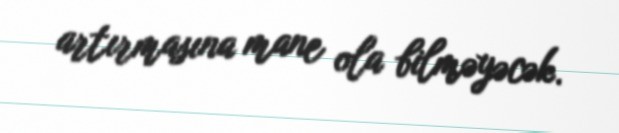
artırmasına mane ola bilməyəcək.